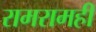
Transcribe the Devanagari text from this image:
रामरामही